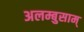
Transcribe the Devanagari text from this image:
अलम्बुसाम्